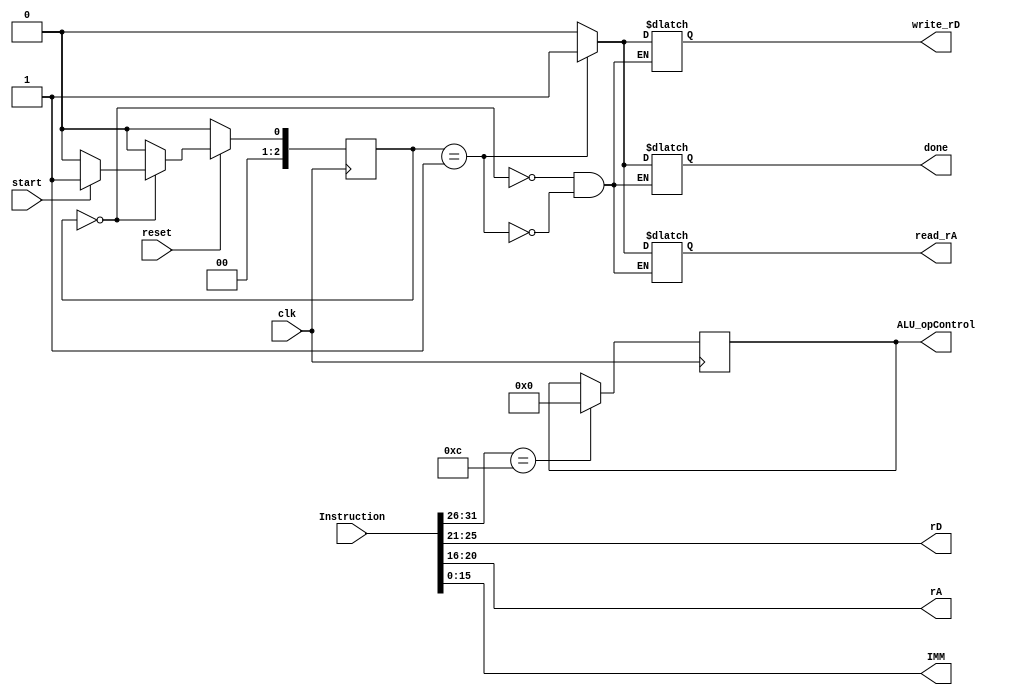
// 0111 Ri Rj
//ADDIK Rd,Ra,Imm 001100 RdRaImmRd := s(Imm) + Ra
module ADDIK
(
    clk, reset, start, Instruction,
    
    done,
    
    rD, rA, IMM,
    ALU_opControl,
    write_rD, read_rA
);

input clk, reset, start;
input[0:31] Instruction;

output [4:0] rD,rA;
output [15:0] IMM;

assign rD       = Instruction[6:10];
assign rA       = Instruction[11:15];
assign IMM      = Instruction[16:31];


output reg[3:0] ALU_opControl;
output reg write_rD, read_rA;
output reg done;

reg[2:0] pres_state, next_state;
parameter  INIT = 0, EVAL = 1;//, IN2 = 2, EVAL = 3, OUT = 4, NEXT_I = 5;


//FSM register
always @(posedge clk)

    begin:statereg
        if (!reset)  pres_state <= INIT; 
        else        pres_state <= next_state;
        case(Instruction[0:5])
            6'b001100:  //addition
                ALU_opControl <= 0;
        endcase
    end //stateregFSM Description by VerilogExample

//FSM next state logic
always @(pres_state or start)
begin: fsm
    case (pres_state)

        INIT: begin
            if(start)   next_state <= EVAL;
            else        next_state <= INIT;
        end
        EVAL:       next_state <= INIT;
        default:    next_state <= INIT;

    endcase end //fsm


always   @(pres_state)
begin: outputs
    case (pres_state)
        INIT: begin
            read_rA         <= 0;
            write_rD        <= 0;
            done            <= 0;
        end

        EVAL: begin
            read_rA         <= 1;
            write_rD        <= 1;
            done            <= 1;
        end

    endcase 
end //fsm          

endmodule